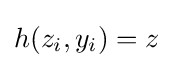
h(z_{i},y_{i})=z